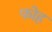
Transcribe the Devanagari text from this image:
फोह